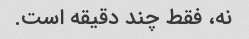
نه، فقط چند دقیقه است.